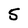
Character: 5